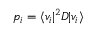
p _ { i } = \langle v _ { i } | { } ^ { 2 } D | v _ { i } \rangle